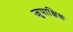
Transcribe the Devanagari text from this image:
जुपाक्षिक